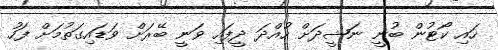
ހައި ކޯޓުން ބުނީ ނަޝީދަށް ހުއްދަ ދީފައި ވަނީ ބޭރަށް ވަޑައިގަތުމަށް ފަހު